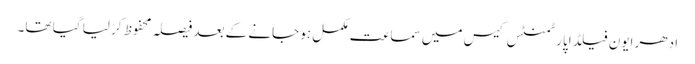
ادھر ایون فیلڈ اپارٹمنٹس کیس میں سماعت مکمل ہو جانے کے بعد فیصلہ محفوظ کر لیا گیا تھا۔